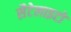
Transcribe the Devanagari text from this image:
सैटेलाइटों